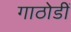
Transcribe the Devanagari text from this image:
गाठोडीं